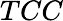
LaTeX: TCC